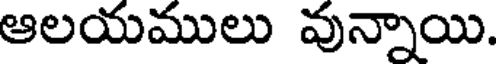
ఆలయములు వున్నాయి.